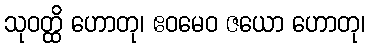
သုဝတ္ထိ ဟောတု၊ ဧဝမေဝ ဇယော ဟောတု၊